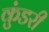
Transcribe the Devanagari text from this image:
कुंडरी